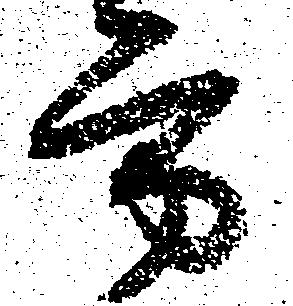
方